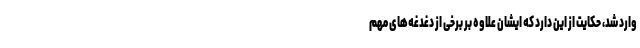
وارد شد، حکایت از این دارد که ایشان علاوه بر برخی از دغدغه‌های مهم